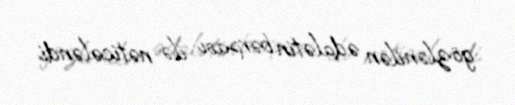
gözlənilən ədalətin bərpası ilə nəticələndi.